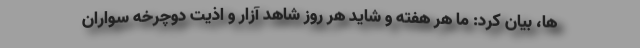
ها، بیان کرد: ما هر هفته و شاید هر روز شاهد آزار و اذیت دوچرخه سواران